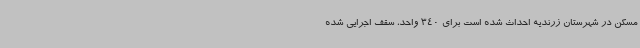
مسکن در شهرستان زرندیه احداث شده است برای 340 واحد، سقف اجرایی شده